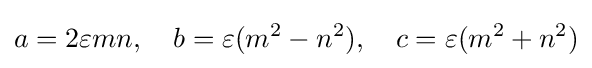
a=2\varepsilon mn,\quad b=\varepsilon (m^{2}-n^{2}),\quad c=\varepsilon (m^{2}+n^{2})